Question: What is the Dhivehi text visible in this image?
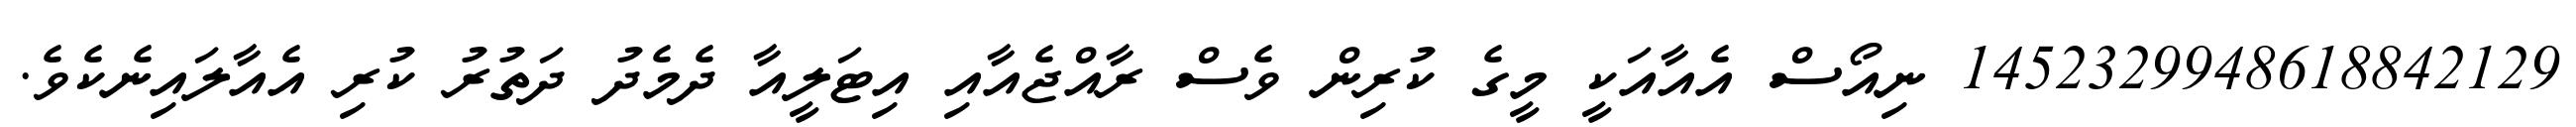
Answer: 1452329948618842129 ނިއޯސް އެއާއަކީ މީގެ ކުރިން ވެސް ރާއްޖެއާއި އިޓަލީއާ ދެމެދު ދަތުރު ކުރި އެއާލައިނެކެވެ.